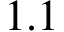
1 . 1